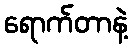
ရောက်တာနဲ့